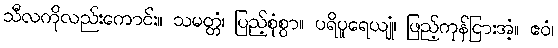
သီလကိုလည်းကောင်း။ သမတ္တံ၊ ပြည့်စုံစွာ။ ပရိပူရေယျုံ၊ ဖြည့်ကုန်ငြားအံ့။ ဧဝံ၊